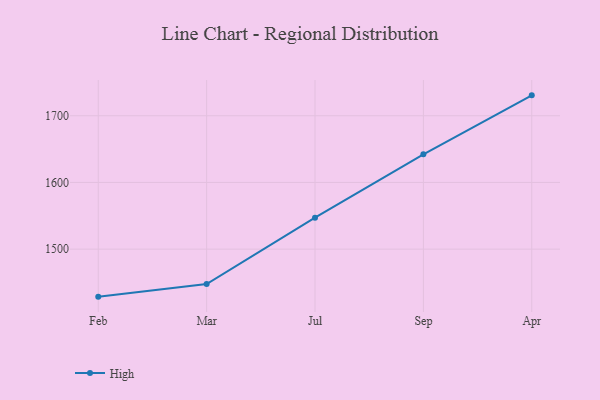
{"axis": {"x": "Month", "y": "Website Visitors"}, "legend": ["High"], "data": [{"x": "Feb", "y": 1428.7, "type": "High"}, {"x": "Mar", "y": 1447.6, "type": "High"}, {"x": "Jul", "y": 1547.1, "type": "High"}, {"x": "Sep", "y": 1642.1, "type": "High"}, {"x": "Apr", "y": 1730.6, "type": "High"}]}